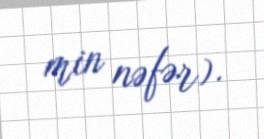
min nəfər).